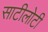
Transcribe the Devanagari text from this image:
साटीलोटी